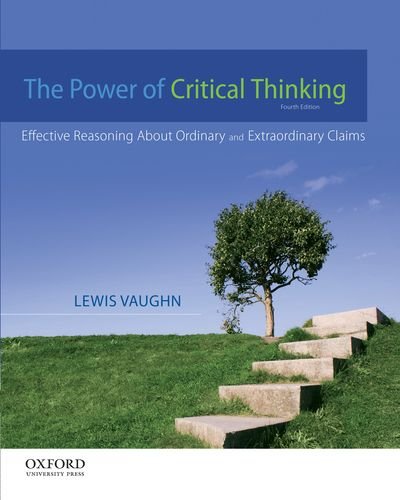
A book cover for The Power of Critical Thinking: Effective Reasoning About Ordinary and Extraordinary Claims; Lewis Vaughn; Politics & Social Sciences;